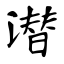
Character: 潜